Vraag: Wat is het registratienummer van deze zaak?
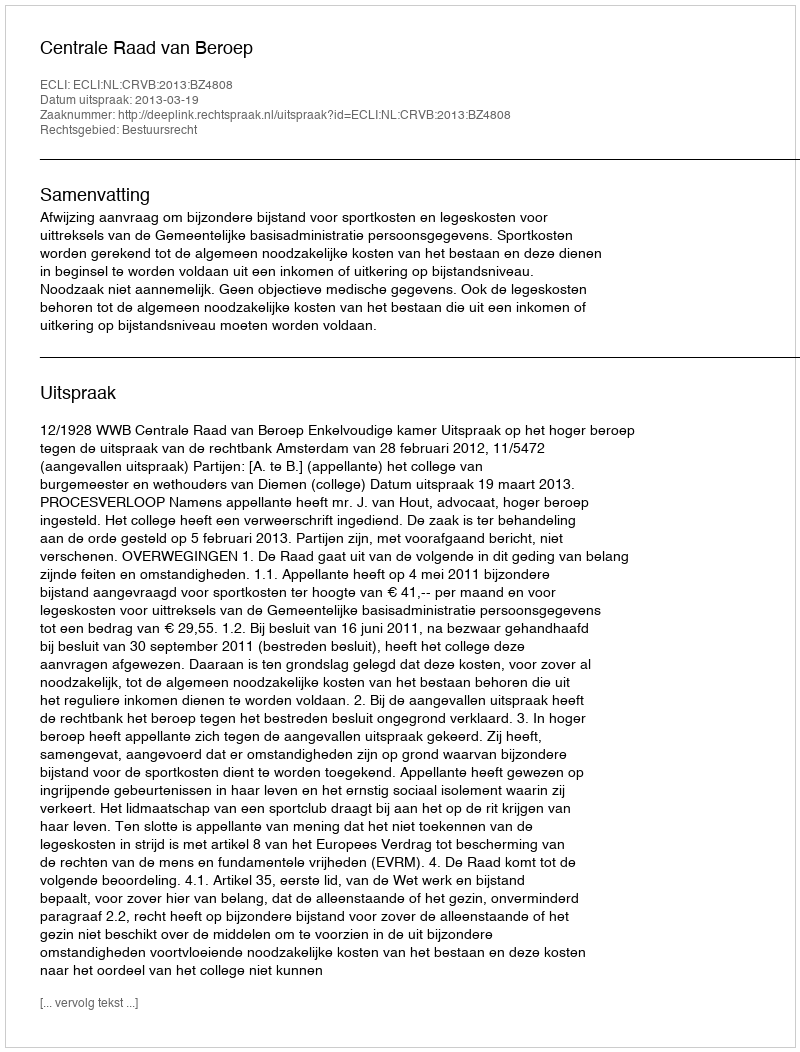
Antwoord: http://deeplink.rechtspraak.nl/uitspraak?id=ECLI:NL:CRVB:2013:BZ4808